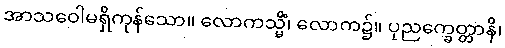
အာသဝေါမရှိကုန်သော။ လောကသ္မိံ၊ လောက၌။ ပုညက္ခေတ္တာနိ၊